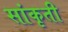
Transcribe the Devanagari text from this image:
सांकृती